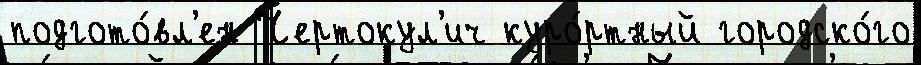
подгото́вл'ен Чертокул'ич куро́ртный городско́го